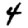
Digit: 4